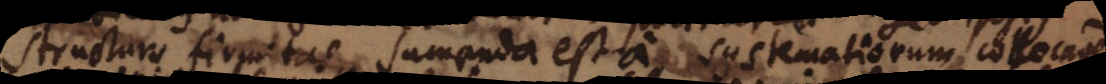
structurae firmitas, sumenda est a systematiorum collocatione